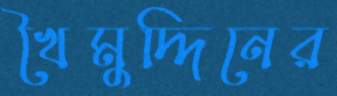
খৈমুদ্দিনের